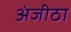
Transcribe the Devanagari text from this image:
अंजीठा